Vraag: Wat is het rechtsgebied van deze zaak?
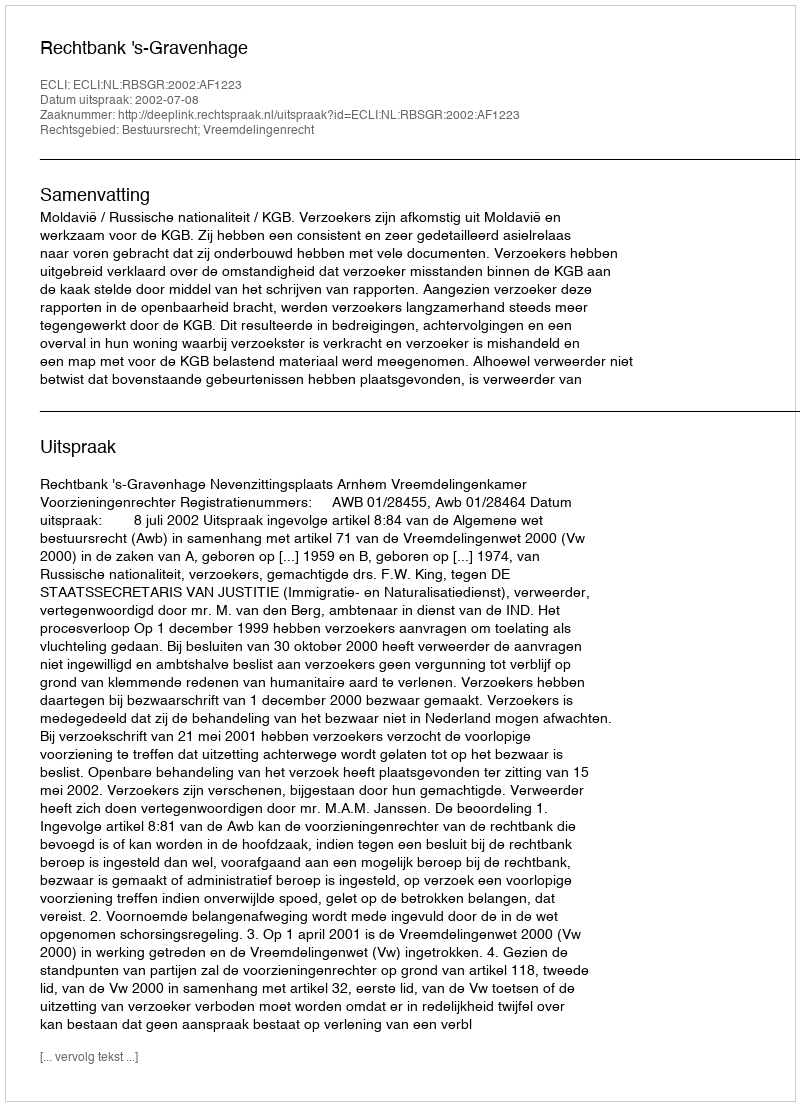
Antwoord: Bestuursrecht; Vreemdelingenrecht